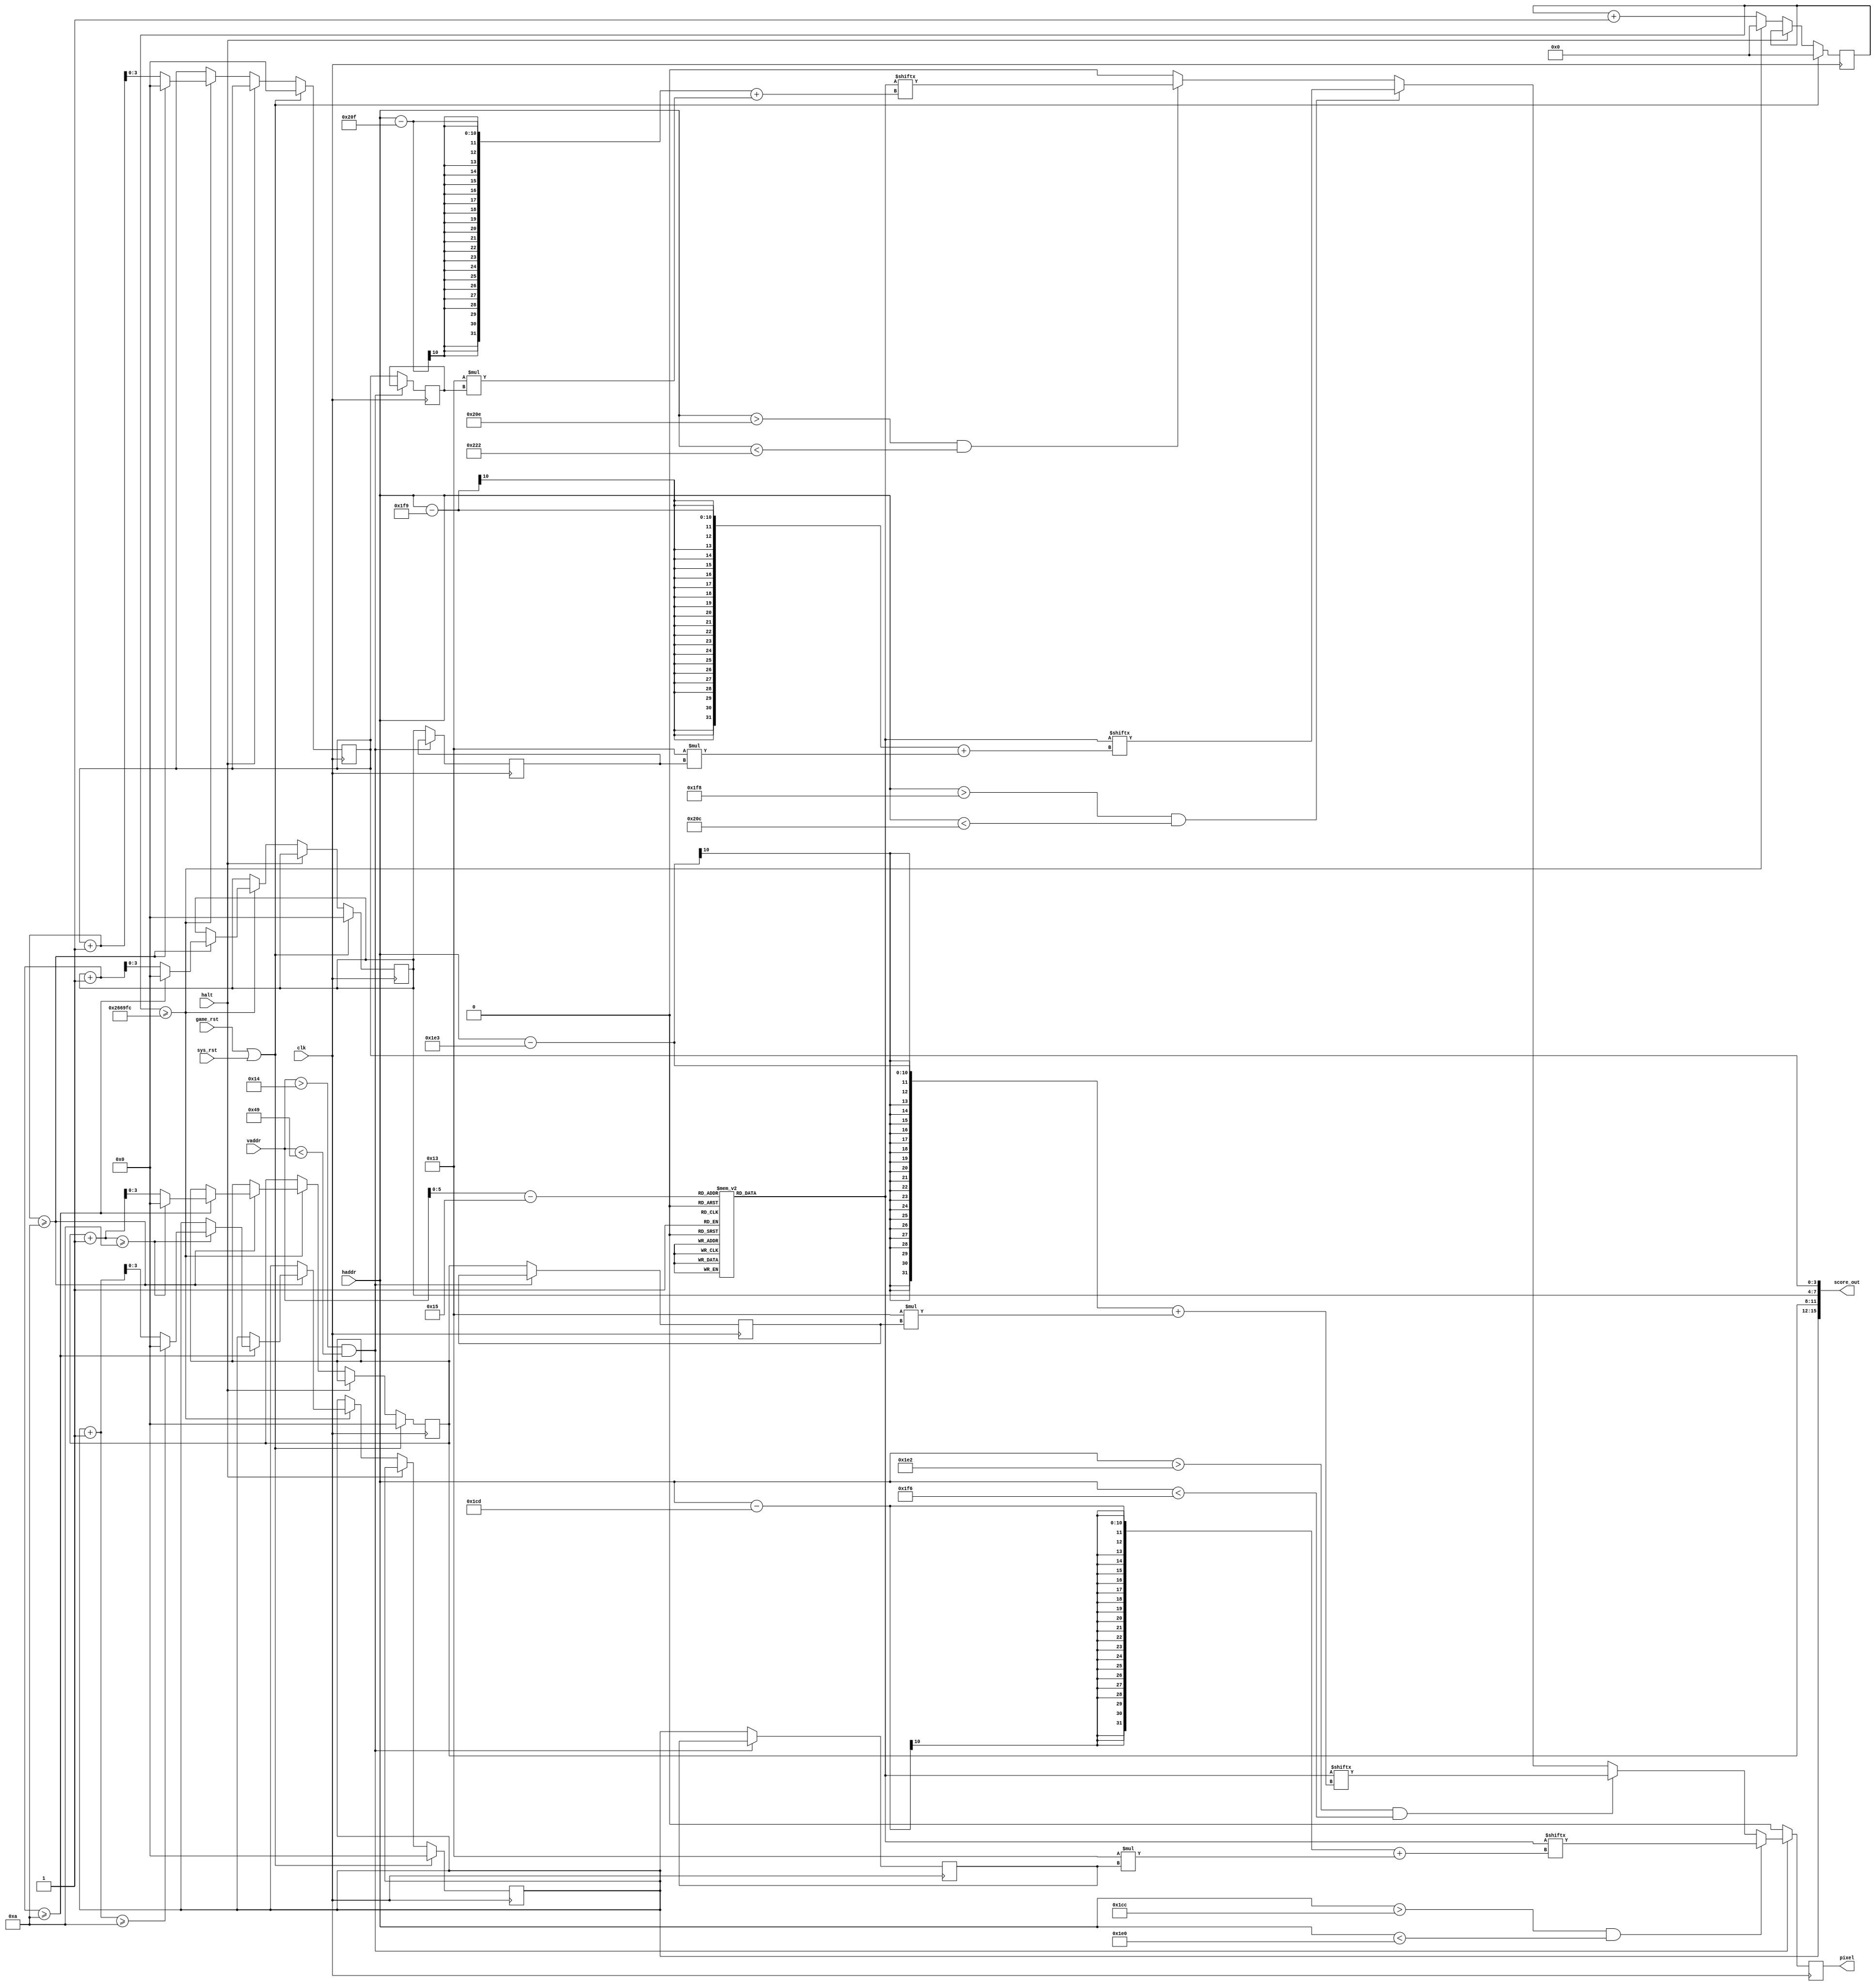
//SPDX-FileCopyrightText: 2020 Ethan Polcyn & Anish Singhani
//
// Licensed under the Apache License, Version 2.0 (the "License");
// you may not use this file except in compliance with the License.
// You may obtain a copy of the License at
//
//      http://www.apache.org/licenses/LICENSE-2.0
//
// Unless required by applicable law or agreed to in writing, software
// distributed under the License is distributed on an "AS IS" BASIS,
// WITHOUT WARRANTIES OR CONDITIONS OF ANY KIND, either express or implied.
// See the License for the specific language governing permissions and
// limitations under the License.
// SPDX-License-Identifier: Apache-2.0
`default_nettype none

// Calculate and render score
module score (
    input wire [9:0] vaddr,
    input wire [9:0] haddr,
    input wire halt,

    output reg pixel,
    output wire [15:0] score_out,

	input wire game_rst,
    input wire clk,
    input wire sys_rst
);

localparam SCORE_INC_TIME = 5000000;

reg [21:0] ctr;
reg [3:0] score_saved[3:0];
reg [3:0] score[3:0];

assign score_out = {score[3], score[2], score[1], score[0]};

// Digit ROM
reg [189:0] digits[52:0];

always @(posedge clk) begin
    if (game_rst || sys_rst) begin
        ctr <= 0;
        score[3] <= 0;
        score[2] <= 0;
        score[1] <= 0;
        score[0] <= 0;
    end
    else if (!halt) begin
        ctr <= ctr + 1;
        if(ctr >= 2517500)begin
            ctr <= 0;
            score[0] <= score[0] + 1;
            if(score[0] + 1 >= 10)begin
                score[0] <= 0;

                score[1] <= score[1] + 1;
                if(score[1] + 1 >= 10)begin
                    score[1] <= 0;

                    score[2] <= score[2] + 1;
                    if(score[2] + 1 >= 10)begin
                        score[2] <= 0;

                        score[3] <= score[3] + 1;
                        if(score[3] + 1 >= 10)begin
                            score[3] <= 0;
                        end
                    end
                end
            end
        end
    end
end

always @(posedge clk) begin
    pixel <= 0;

    if (vaddr > 20 && vaddr < 73) begin
        if (haddr > 460 && haddr < 480) begin
            pixel <= digits[vaddr-21][(haddr-461)+(19*score_saved[3])];
        end
        else if (haddr > 482 && haddr < 502) begin
            pixel <= digits[vaddr-21][(haddr-483)+(19*score_saved[2])];
        end
        else if (haddr > 504 && haddr < 524) begin
            pixel <= digits[vaddr-21][(haddr-505)+(19*score_saved[1])];
        end
        else if (haddr > 526 && haddr < 546) begin
            pixel <= digits[vaddr-21][(haddr-527)+(19*score_saved[0])];
        end
    end
    else begin
        score_saved[3] <= score[3];
        score_saved[2] <= score[2];
        score_saved[1] <= score[1];
        score_saved[0] <= score[0];
    end
end

initial begin
    digits[0]  = 189'b000000000000000000000000000000000000000000000000000000000000000000000000000000000000000000000000000000000000000000000000000000000000000000000000000000000000000000000000000000000000000000000;
    digits[1]  = 189'b000000000000000000000000000000000000000000000000000000000000000000000000000000000000000000000000000000000000000000000000000000000000000000000000000000000000000000000000000000000000000000000;
    digits[2]  = 189'b000000000000000000000000000000000000000000000000000000000000000000000000000000000000000000000000000000000000000000000000000000000000000000000000000000000000000000000000000000000000000000000;
    digits[3]  = 189'b000000000000000000000000000000000000000000000000000000000000000000000000000000000000000000000000000000000000000000000000000000000000000000000000000000000000000000000000000000000000000000000;
    digits[4]  = 189'b000000000000000000000000000000000000000000000000000000000000000000000000000000000000000000000000000000000000000000000000000000000000000000000000000000000000000000000000000000000000000000000;
    digits[5]  = 189'b000000000000000000000000000000000000000000000000000000000000000000000000000000000000000000000000000000000000000000000000000000000000000000000000000000000000000000000000000000000000000000000;
    digits[6]  = 189'b000000000000000000000000000000000000000000000000000000000000000000000000000000000000000000000000000000000000000000000000000000000000000000000000000000000000000000000000000000000000000000000;
    digits[7]  = 189'b000000000000000000000000000000000000000000000000000000000000000000000000000000000000000000000000000000000000000000000000000000000000000000000000000000000000000000000000000000000000000000000;
    digits[8]  = 189'b000000000000000000000000000000000000000000000000000000000000000000000000000000000000000000000000000000000000000000000000000000000000000000000000000000000000000000000000000000000000000000000;
    digits[9]  = 189'b000000000000000000000000000000000000000000000000000000000000000000000000000000000000000000000000000000000000000000000000000000000000000000000000000000000000000000000000000000000000000000000;
    digits[10] = 189'b000000000000000000000000000000000000000000000000000000000000000000000000000000000000000000000000000000000000000000000000000000000000000000000000000000000000000000000000000000000000000000000;
    digits[11] = 189'b000000000000000000000000000000000000000000000000000000000000000000000000000000000000000000000000000000000000000000000000000000000000000000000000000000000000000000000000000000000000000000000;
    digits[12] = 189'b000000000000000000000000000000000000000000000000000000000000000000000000000000000000000000000000000000000000000000000000000000000000000000000000000000000000000000000000000000000000000000000;
    digits[13] = 189'b000000000000000000000000000000000000000000000000000000000000000000000000000000000000000000000000000000000000000000000000000000000000000000000000000000000000000000000000000000000000000000000;
    digits[14] = 189'b000000000000000000000000000000000000000000000000000000000000000000000000000000000000000000000000000000000000000000000000000000000000000000000000000000000000000000000000000000000000000000000;
    digits[15] = 189'b000000000000000000000000000000000000000000000000000000000000000000000000000000000000000000000000000000000000000000000000000000000000000000000000000000000000000000000000000000000000000000000;
    digits[16] = 189'b000000000000000000000000000000000000000000000000000000000000000000000000000000000000000000000000000000000000000000000000000000000000000000000000000000000000000000000000000000000000000000000;
    digits[17] = 189'b000000000000000000000000000000000000000000000000000000000000000000000000000000000000000000000000000000000000000000000000000000000000000000000000000000000000000000000000000000000000000000000;
    digits[18] = 189'b000000000000000000000000000000000000000000000000000000000000000000000000000000000000000000000000000000000000000000000000000000000000000000000000000000000000000000000000000000000000000000000;
    digits[19] = 189'b000000000000000000000000000000000000000000000000000000000000000000000000000000000000000000000000000000000000000000000000000000000000000000000000000000000000000000000000000000000000000000000;
    digits[20] = 189'b000000000000000000000000000000000000000000000000000000000000000000000000000000000000000000000000000000000000000000000000000000000000000000000000000000000000000000000000000000000000000000000;
    digits[21] = 189'b000000000000000000000000000000000000000000000000000000000000000000000000000000000000000000000000000000000000000000000000000000000000000000000000000000000000000000000000000000000000000000000;
    digits[22] = 189'b000000000000000000000000000000000000000000000000000000000000000000000000000000000000000000000000000000000000000000000000000000000000000000000000000000000000000000000000000000000000000000000;
    digits[23] = 189'b000000000000000000000000000000000000000000000000000000000000000000000000000000000000000000000000000000000000000000000000000000000000000000000000000000000000000000000000000000000000000000000;
    digits[24] = 189'b000000000000000000000000000000000000000000000000000000000000000000000000000000000000000000000000000000000000000000000000000000000000000000000000000000000000000000000000000000000000000000000;
    digits[25] = 189'b000000000000000000000000000000000000000000000000000000000000000000000000000000000000000000000000000000000000000000000000000000000000000000000000000000000000000000000000000000000000000000000;
    digits[26] = 189'b000000000000000000000000000000000000000000000000000000000000000000000000000000000000000000000000000000000000000000000000000000000000000000000000000000000000000000000000000000000000000000000;
    digits[27] = 189'b000111111111111100000000111111111110001111111111111111110000111111111100000000011111111111111100001111111100000000111111111111111100000011111111111110000000011111100000000000001111111100000;
    digits[28] = 189'b000111111111111100000000111111111110001111111111111111110000111111111100000000011111111111111100001111111100000000111111111111111100000011111111111110000000011111100000000000001111111100000;
    digits[29] = 189'b000111111111111100000000111111111110001111111111111111110000111111111100000000011111111111111100001111111100000000111111111111111100000011111111111110000000011111100000000000001111111100000;
    digits[30] = 189'b111111000000011111000011100000001111101111110000000111110000000000011111100000000000000001111100001111111111000000000111110000000000011111100000001111100000011111111000000000111110000011100;
    digits[31] = 189'b111111000000011111000011100000001111101111110000000111110000000000011111100000000000000001111100001111111111000000000111110000000000011111100000001111100000011111111000000000111110000011100;
    digits[32] = 189'b111111000000011111000011100000001111101111110000000111110000000000011111100000000000000001111100001111111111000000000111110000000000011111100000001111100000011111111000000000111110000011100;
    digits[33] = 189'b111111000000011111000011100001111111100001111100000000000000000000000011111000011111111111111100001111100111111000000001111110000000011111111000000000000000011111100000000111111000000011111;
    digits[34] = 189'b111111000000011111000011100001111111100001111100000000000000000000000011111000011111111111111100001111100111111000000001111110000000011111111000000000000000011111100000000111111000000011111;
    digits[35] = 189'b111111000000011111000011100001111111100001111100000000000000000000000011111000011111111111111100001111100111111000000001111110000000011111111000000000000000011111100000000111111000000011111;
    digits[36] = 189'b111111111111111100000000111111111110000000011111100000000000111111111111111011111100000000000000001111100000111110000111111111100000000011111111110000000000011111100000000111111000000011111;
    digits[37] = 189'b111111111111111100000000111111111110000000011111100000000000111111111111111011111100000000000000001111100000111110000111111111100000000011111111110000000000011111100000000111111000000011111;
    digits[38] = 189'b111111111111111100000000111111111110000000011111100000000000111111111111111011111100000000000000001111100000111110000111111111100000000011111111110000000000011111100000000111111000000011111;
    digits[39] = 189'b111111000000000000011111111111000011100000000011111000000111111000000011111011111100000000000001111111111111111110111111000000000000000000111111111110000000011111100000000111111000000011111;
    digits[40] = 189'b111111000000000000011111111111000011100000000011111000000111111000000011111011111100000000000001111111111111111110111111000000000000000000111111111110000000011111100000000111111000000011111;
    digits[41] = 189'b111111000000000000011111111111000011100000000011111000000111111000000011111011111100000000000001111111111111111110111111000000000000000000111111111110000000011111100000000111111000000011111;
    digits[42] = 189'b000111110000000000011111100000000011100000000011111000000111111000000011111011111100000001111100001111100000000000111111000000011111000000000001111111100000011111100000000000111000011111100;
    digits[43] = 189'b000111110000000000011111100000000011100000000011111000000111111000000011111011111100000001111100001111100000000000111111000000011111000000000001111111100000011111100000000000111000011111100;
    digits[44] = 189'b000111110000000000011111100000000011100000000011111000000111111000000011111011111100000001111100001111100000000000111111000000011111000000000001111111100000011111100000000000111000011111100;
    digits[45] = 189'b000001111111111100000011111111111110000000000011111000000000111111111111100000011111111111110000001111100000000000000111111111111100011111111111111111101111111111111111000000001111111100000;
    digits[46] = 189'b000001111111111100000011111111111110000000000011111000000000111111111111100000011111111111110000001111100000000000000111111111111100011111111111111111101111111111111111000000001111111100000;
    digits[47] = 189'b000001111111111100000011111111111110000000000011111000000000111111111111100000011111111111110000001111100000000000000111111111111100011111111111111111101111111111111111000000001111111100000;
    digits[48] = 189'b000000000000000000000000000000000000000000000000000000000000000000000000000000000000000000000000000000000000000000000000000000000000000000000000000000000000000000000000000000000000000000000;
    digits[49] = 189'b000000000000000000000000000000000000000000000000000000000000000000000000000000000000000000000000000000000000000000000000000000000000000000000000000000000000000000000000000000000000000000000;
    digits[50] = 189'b000000000000000000000000000000000000000000000000000000000000000000000000000000000000000000000000000000000000000000000000000000000000000000000000000000000000000000000000000000000000000000000;
    digits[51] = 189'b000000000000000000000000000000000000000000000000000000000000000000000000000000000000000000000000000000000000000000000000000000000000000000000000000000000000000000000000000000000000000000000;
    digits[52] = 189'b000000000000000000000000000000000000000000000000000000000000000000000000000000000000000000000000000000000000000000000000000000000000000000000000000000000000000000000000000000000000000000000;
end

endmodule